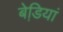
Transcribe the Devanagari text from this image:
बेडि़यां